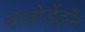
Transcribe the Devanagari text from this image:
रोडोडेंड्राँन